Annual vaccination report of Bihar and Orissa - 1911-1928
Year: 1911
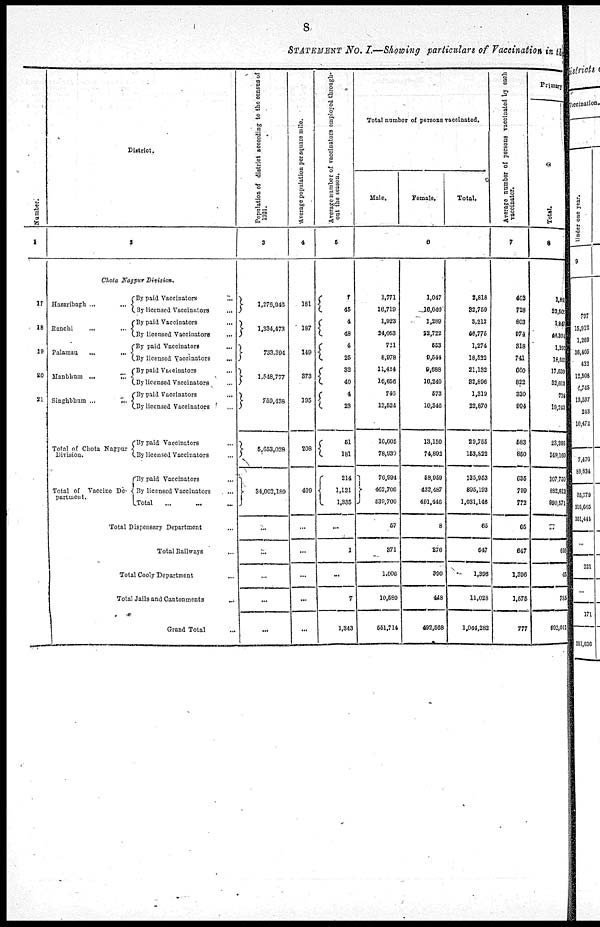
8
STATEMENT NO. I.—Showing particulars of Vaccination in the
Number.
1
17
18
19
20
21
District.
2
Chota Nagpur Division.
Hazaribagh ...
...
Ranchi
... ...
Palamau
...
...
Manbhum ...
...
Singhbhum ... ...
Total of Chota Nagpur
Division.
Total of Vaccine De-
partment.
By paid Vaccinators
...
By licensed Vaccinators
...
By paid Vaccinators ...
By licensed Vaccinators
...
By paid Vaccinators ...
By licensed Vaccinators
...
By paid Vaccinators ...
By licensed Vaccinators ...
By paid Vaccinators
...
By licensed Vaccinators
...
By paid Vaccinators ...
By licensed Vaccinators ...
By paid Vaccinators ...
By licensed Vaccinators
...
Total ...
...
...
Total Dispensary Department ...
Total Railways ...
Total Cooly Department ...
Total Jails and Cantonments
...
Grand Total ...
Population of district according to the census of
1921.
3
1,276,940
1,334,473
733,394
1,548,777
759,438
5,653,028
34,003,189
...
...
...
...
...
Average population per square mile.
4
181
187
149
373
195
208
409
...
...
...
...
...
Average number of vaccinators employed through-
out the season.
5
7
45
4
48
4
25
32
40
4
23
51
181
214
1,121
1,335
...
1
...
7
1,343
Total number of persons vaccinated.
Male.
Female.
Total.
6
1,771
16,719
1,923
24,053
721
8,978
11,414
10,656
746
12,524
16,605
78,930
76,994
462,706
539,700
57
871
1,006
10,680
551,714
1,047
16,040
1,289
22,722
553
9,544
9,688
16,240
573
10,346
13,150
74,892
58,959
432,487
491,446
8
276
890
448
492,568
2,818
32,759
3,212
46,775
1,274
18,522
21,132
82,896
1,319
22,870
29,755
153,822
135,953
895,193
1,031,146
65
647
1,396
11,028
1,044,282
Average number of persons vaccinated by each
vaccinator.
7
402
728
803
974
318
741
660
822
330
994
583
850
635
799
772
65
647
1,396
1,575
777
Primary
Total.
8
1,881
32,501
1,841
48,804
1,203
18,601
17,630
32,613
724
19,243
23,295
149,169
107,750
882,812
990,571
...
610
45
785
993,011